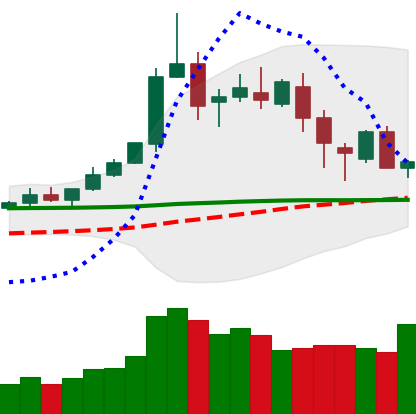
Ticker: DOGE-USD
Chart end date: 2020-02-20
Forward return: -6.882%
Label: down_5_7